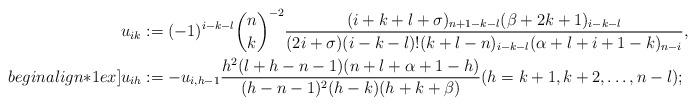
LaTeX: \begin{align*}&u_{ik} := (-1)^{i-k-l}\binom{n}{k}^{-2}\frac{(i+k+l+\sigma)_{n+1-k-l}(\beta+2k+1)_{i-k-l}}{(2i+\sigma)(i-k-l)!(k+l-n)_{i-k-l}(\alpha+l+i+1-k)_{n-i}},\\begin{align*}1ex]&u_{ih} := -u_{i,h-1}\frac{h^2(l+h-n-1)(n+l+\alpha+1-h)}{(h-n-1)^2(h-k)(h+k+\beta)} (h=k+1,k+2,\ldots,n-l);\end{align*}